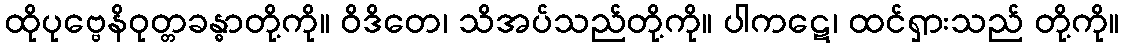
ထိုပုဗ္ဗေနိဝုတ္တခန္ဓာတို့ကို။ ဝိဒိတေ၊ သိအပ်သည်တို့ကို။ ပါကဋေ၊ ထင်ရှားသည် တို့ကို။